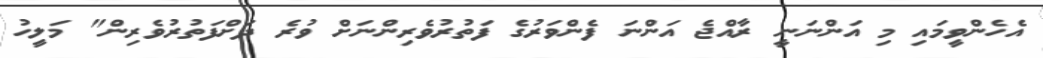
އެހެންވީމައި މި އަންނަނީ ރާއްޖެ އަންނަ ފެންވަރުގެ ފަތުރުވެރިންނަށް ވުރެ ދަށްފަތުރުވެރިން" މަލީހު